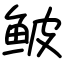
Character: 鲏